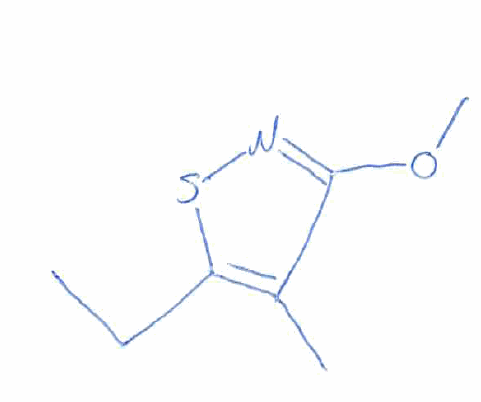
Simplified molecular-input line-entry system (SMILES) notation of the given molecule:
CCC1=C(C(=NS1)OC)C